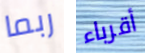
ربما أقرباء